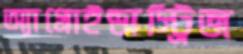
অ্যাগ্রোইন্ডাস্ট্রিজ